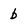
Character: b